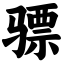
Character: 骠